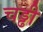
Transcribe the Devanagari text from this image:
चड्ढी